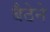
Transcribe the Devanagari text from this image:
बैठेने